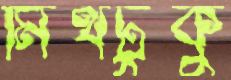
মিথটুকু